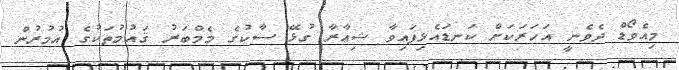
މިއެވޯޑް ދެވެނީ އަހަރަކަށް ކަނޑައެޅިފައިވާ ޝިޢާރާ ގުޅޭ ސާކުގެ މެމްބަރު ޤައުމުތަކުގެ އުމުރުން